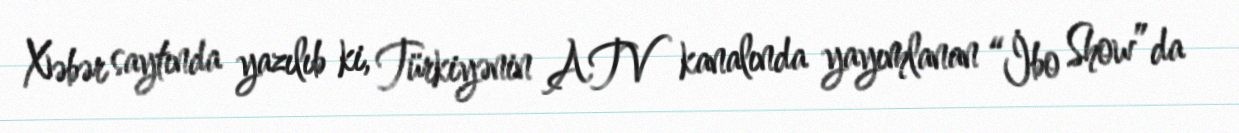
Xəbər saytında yazılıb ki, Türkiyənin ATV kanalında yayımlanan “İbo Show”da